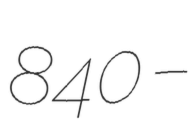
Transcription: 840 –